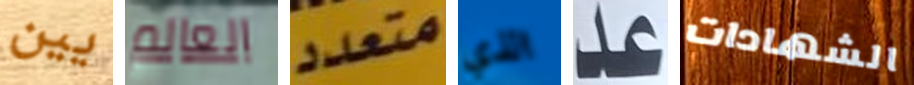
يين العالم متعدد الذي عد الشهادات